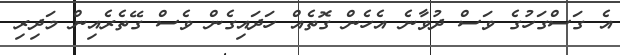
އެ ގަސްގަހުގެ ވަސް ދުވާނެ އެހެން ގޮތެއް ހަދައިގެން ވެސް ގޭތެރެއިން މަދިރި